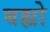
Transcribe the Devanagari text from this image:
बह्यो